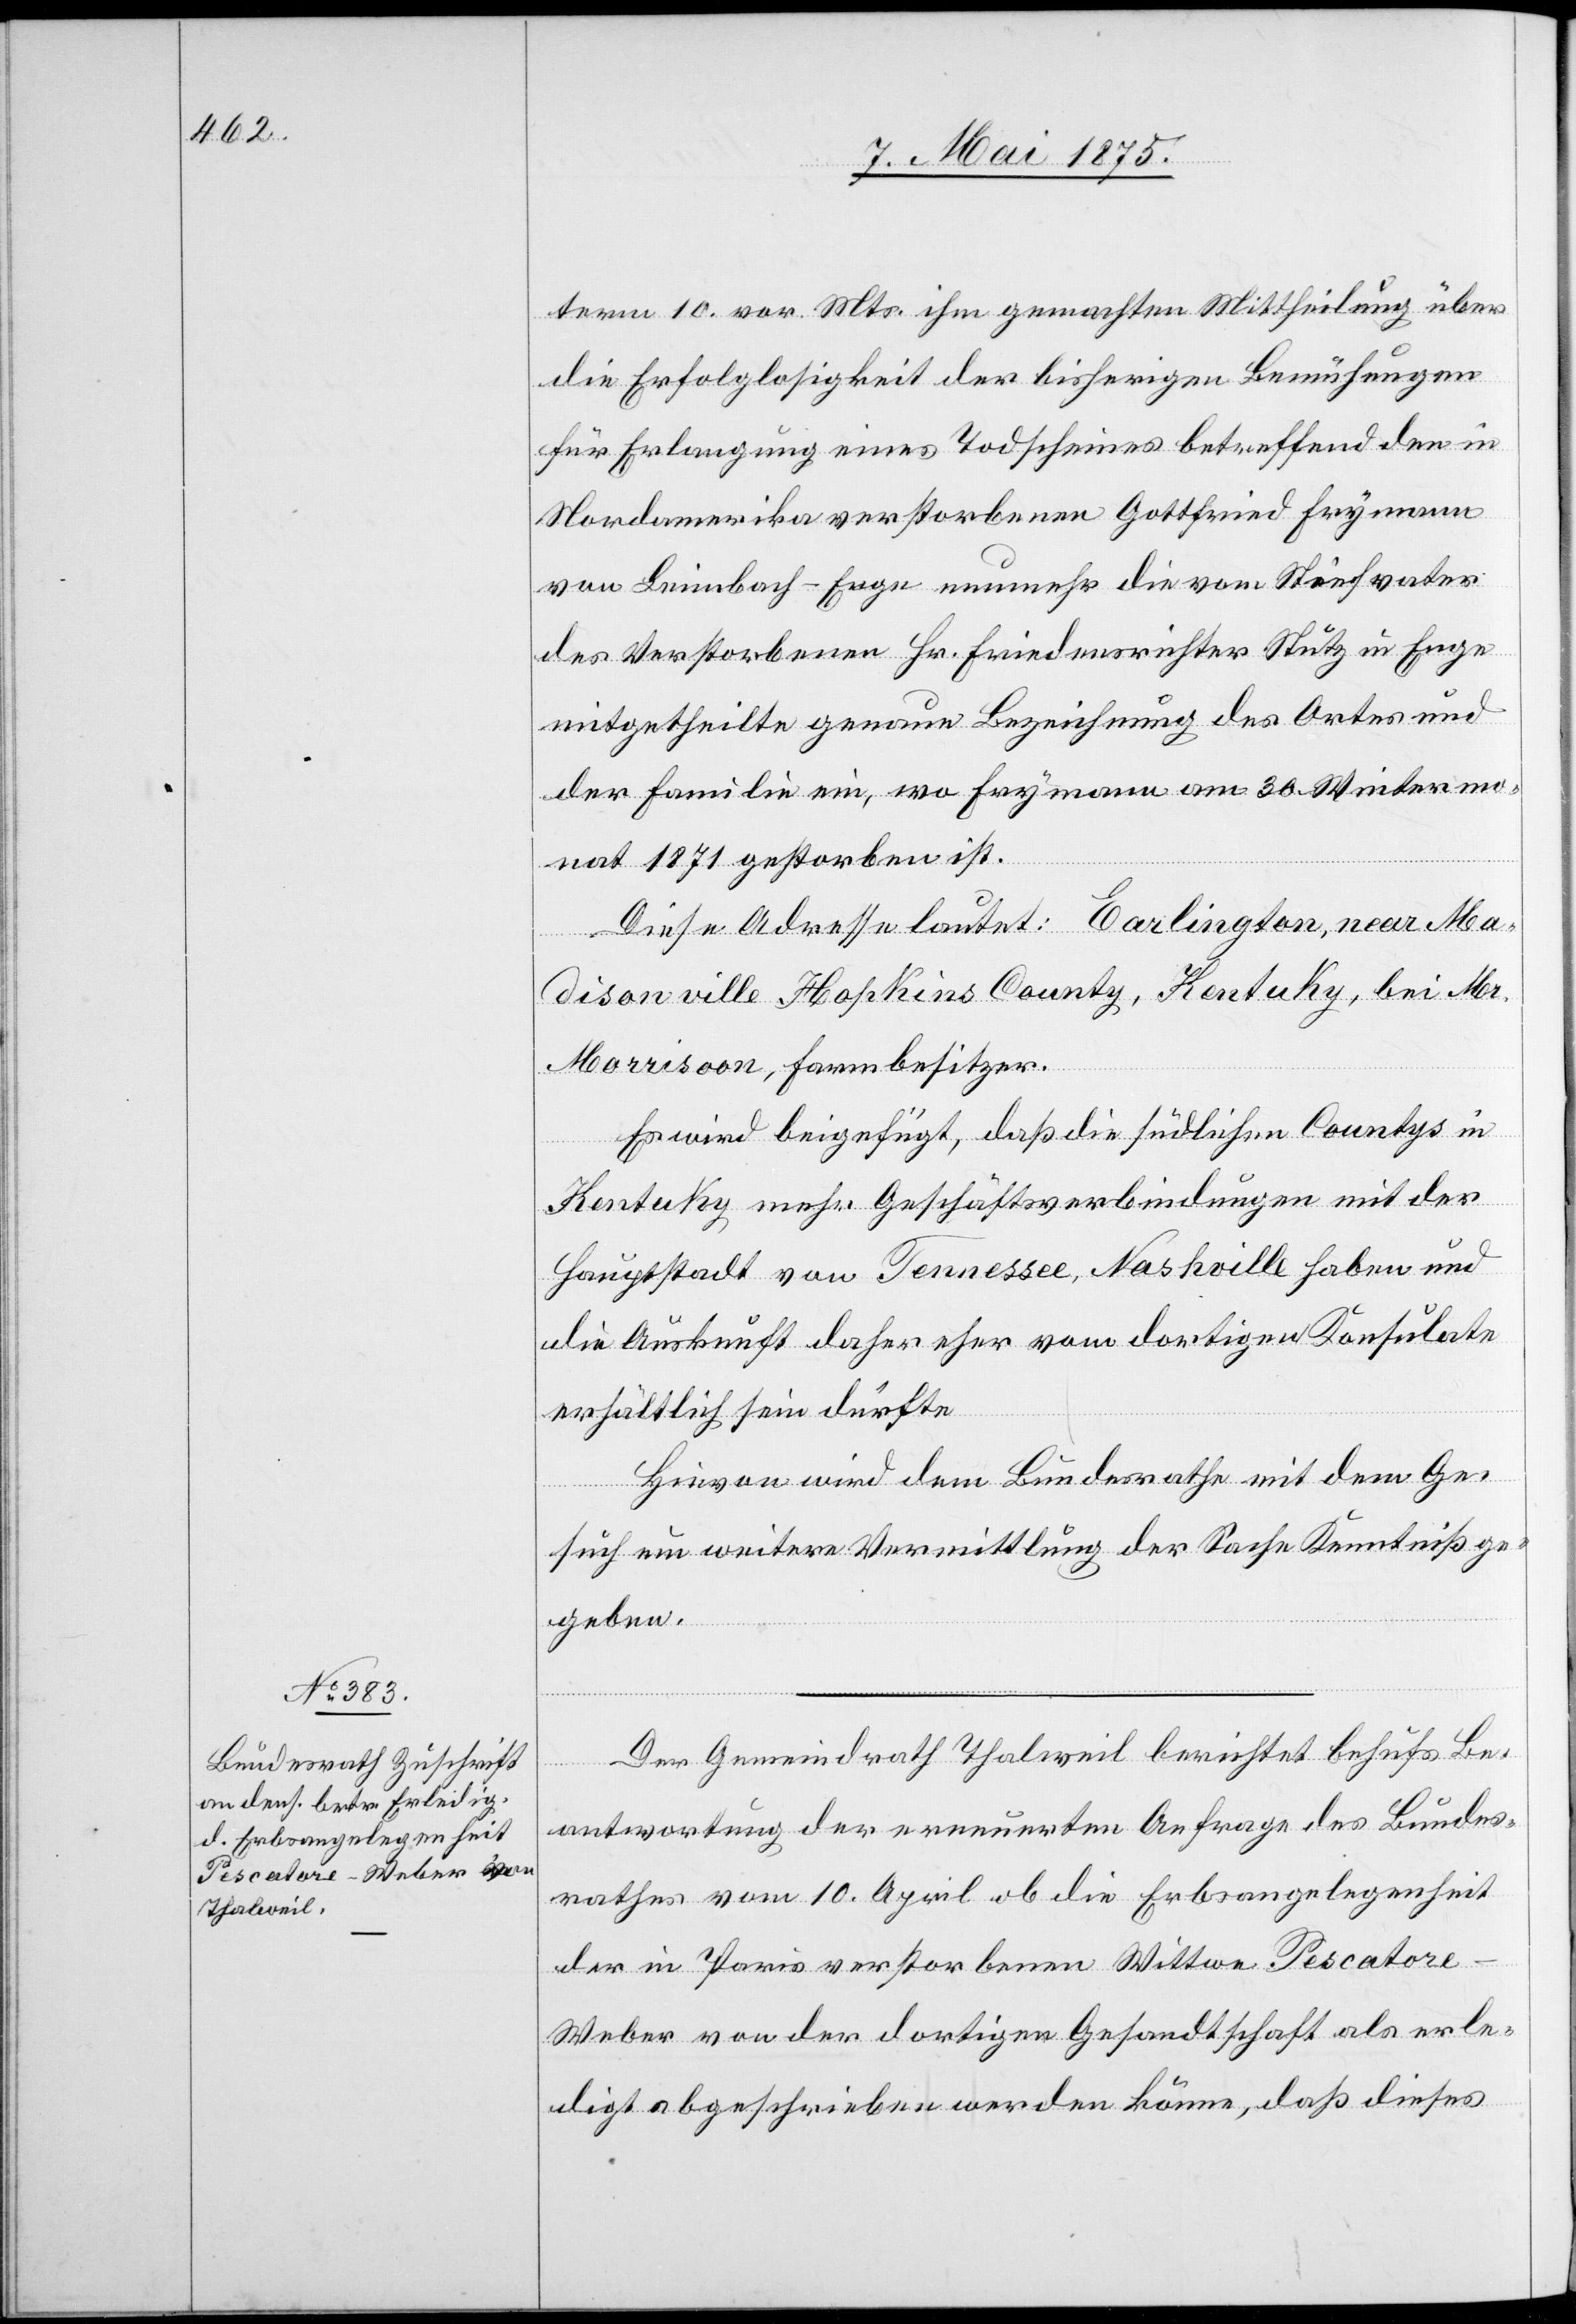
12. Mai 1875.]
term 10. vor. Mts. ihm gemachten Mittheilung über
die Erfolglosigkeit der bisherigen Bemühungen
für Erlangung eines Todscheines betreffend den in
Nordamerika verstorbenen Gottfried Frymann
von Leimbach-Enge nunmehr die vom Stiefvater
des Verstorbenen Hr. Friedensrichter Stutz in Enge
mitgetheilte genaue Bezeichnung des Ortes und
der Familie ein, wo Frymann am 20. Wintermo¬
nat 1871 gestorben ist.
Diese Adresse lautet: Earlington, near Ma¬
Morrisoon
disonvill Hapkins County, Kentuky, bei Mr.
[sic!], Farmbesitzer.
Es wird beigefügt, daß die südlichen Countys in
Kentuky mehr Geschäftsverbindungen mit der
Hauptstadt von Tennessee, Nashville haben und
die Auskunft daher eher vom dortigen Konsulate
erhältlich sein dürfte.
Hievon wird dem Bundesrathe mit dem Ge¬
such um weitere Vermittlung der Sache Kenntniß ge¬
geben.
Der Gemeindrath Thalweil berichtet behufs Be¬
antwortung der erneuerten Anfrage des Bundes¬
rathes vom 10. April ob die Erbsangelegenheit
der in Paris verstorbenen Wittwe Pescator¬
e-Weber von der dortigen Gesandtschaft als erle¬
digt abgeschrieben werden könne, daß dieses